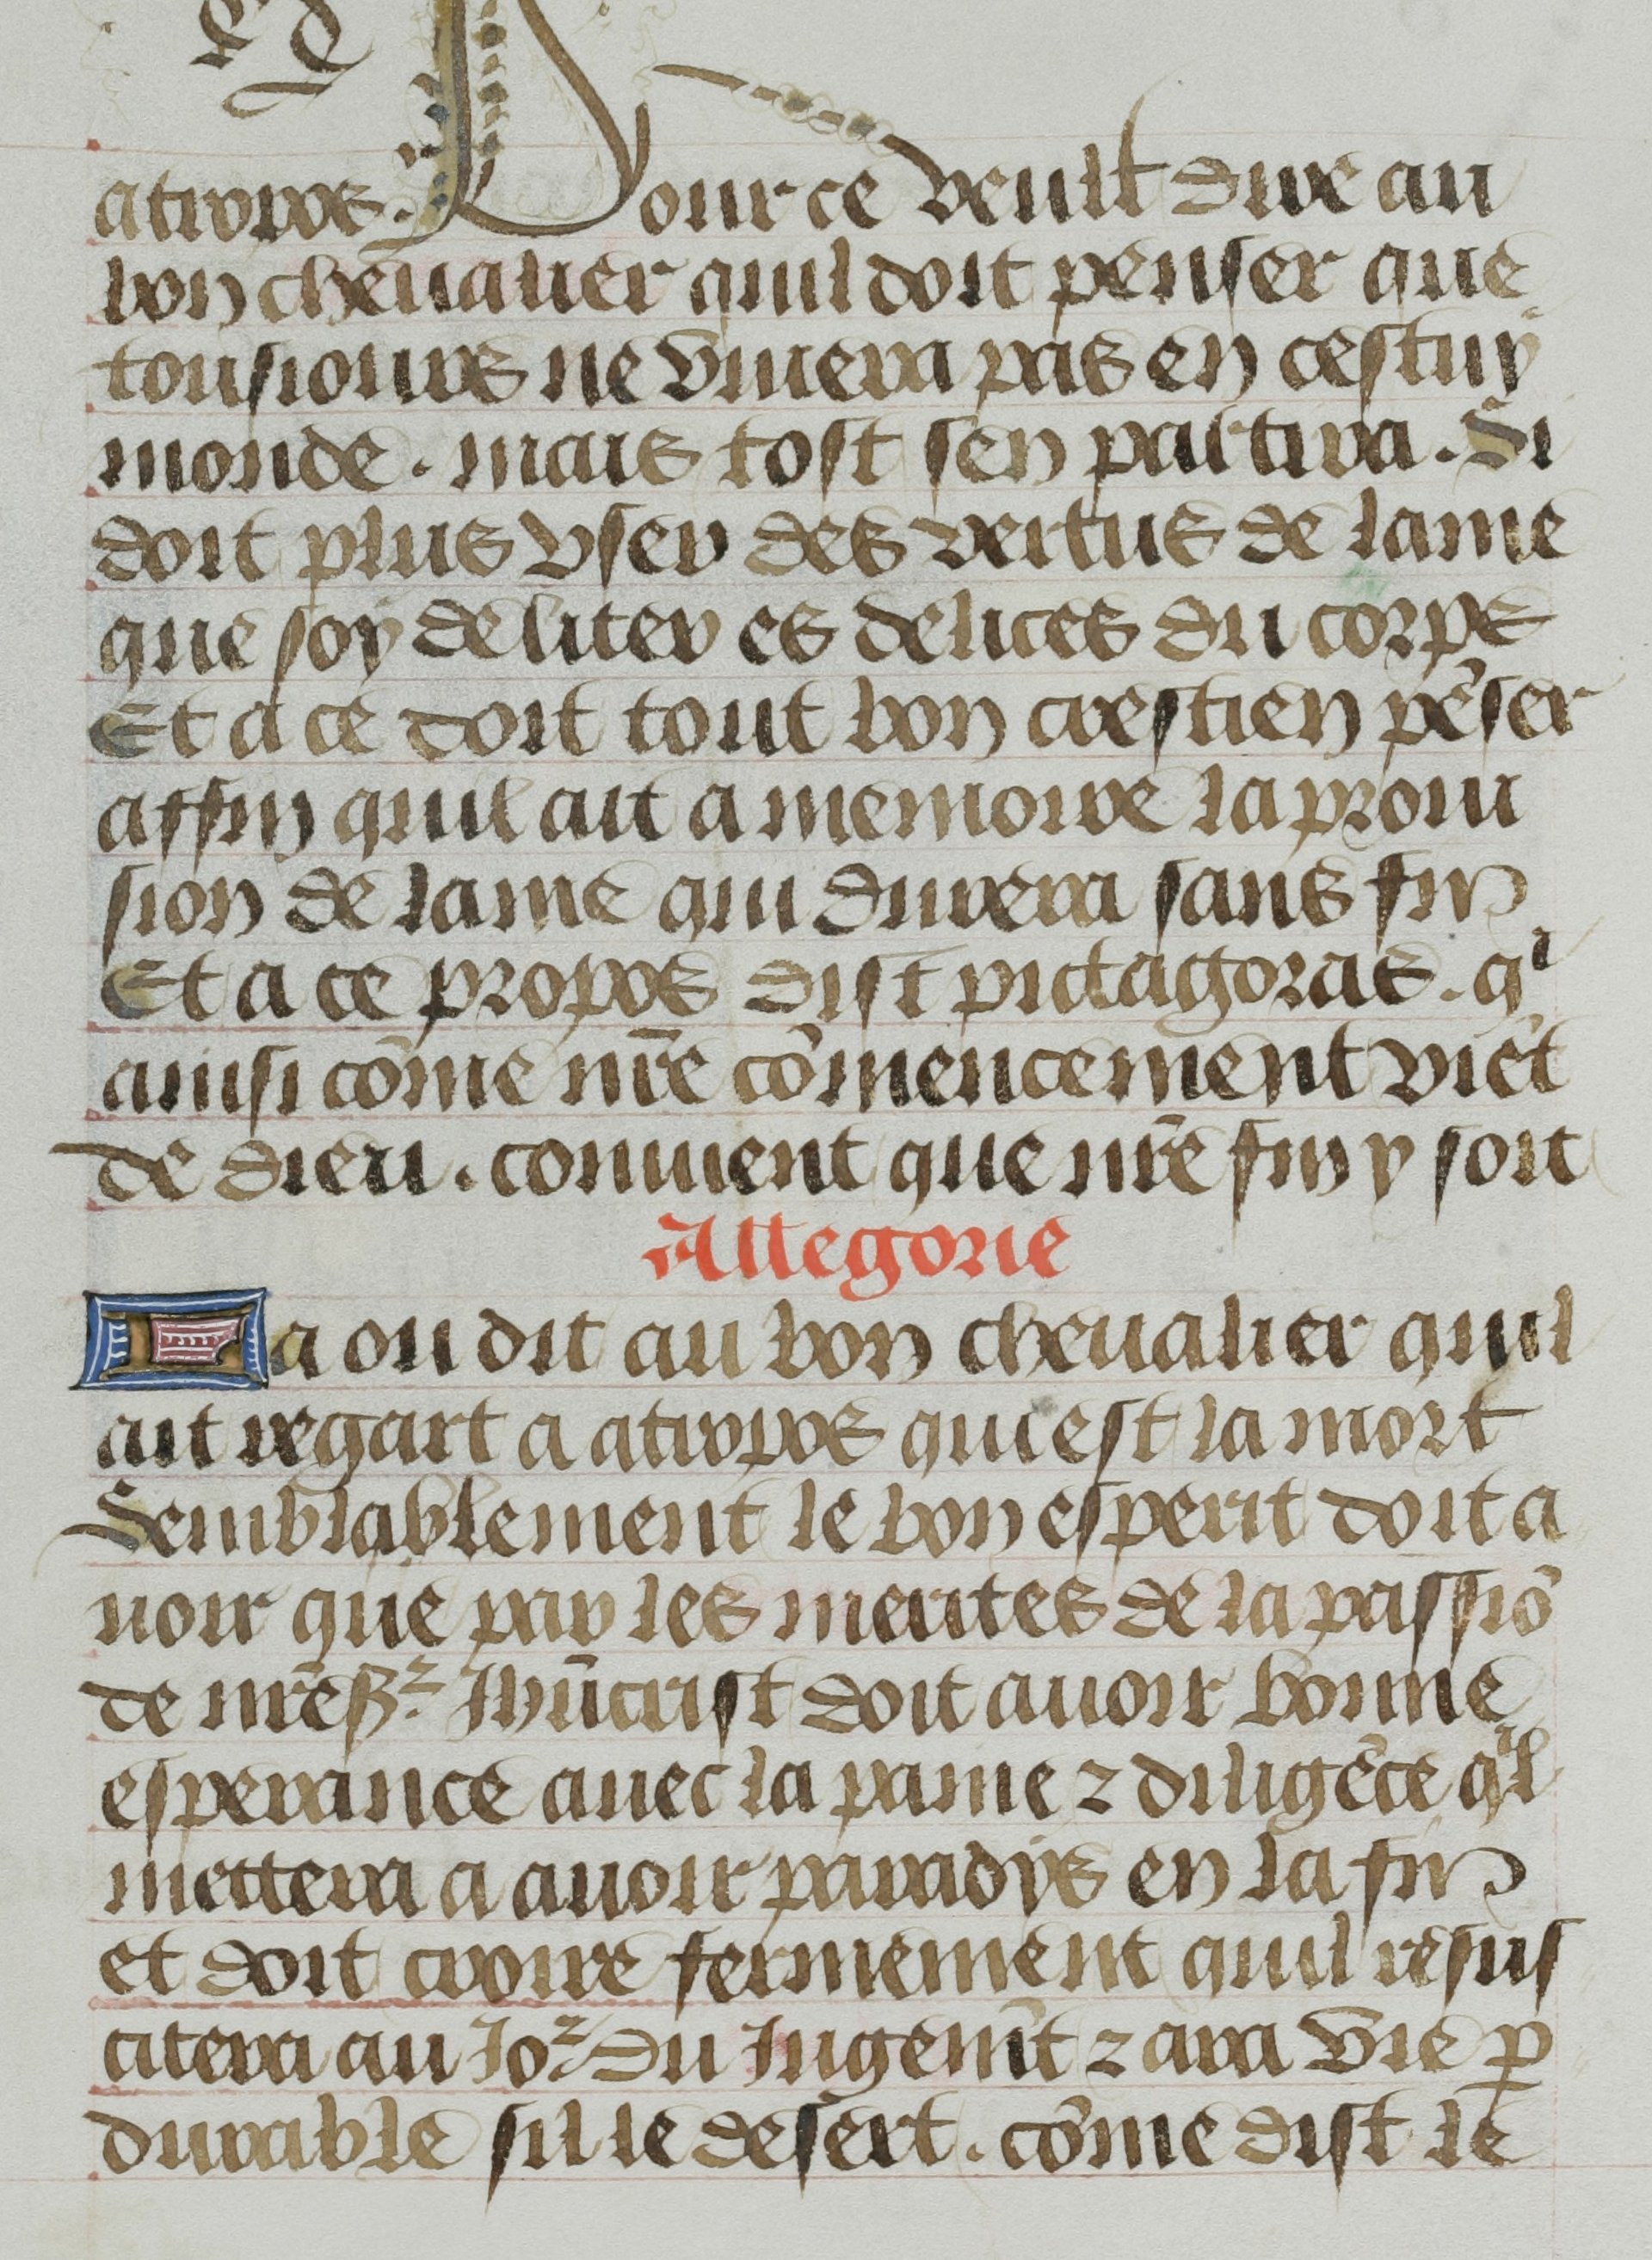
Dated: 1455–1465